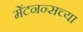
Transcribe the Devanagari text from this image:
मेंटनन्सच्या